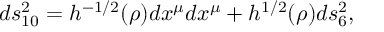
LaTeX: d s _ { 1 0 } ^ { 2 } = h ^ { - 1 / 2 } ( \rho ) d x ^ { \mu } d x ^ { \mu } + h ^ { 1 / 2 } ( \rho ) d s _ { 6 } ^ { 2 } ,